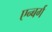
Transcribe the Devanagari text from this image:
एन्बर्ग